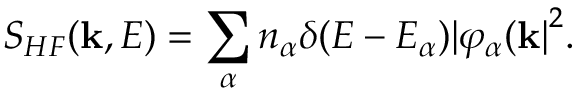
S _ { H F } ( { \bf k } , E ) = \sum _ { \alpha } n _ { \alpha } \delta ( E - E _ { \alpha } ) { \vert \varphi _ { \alpha } ( { \bf k } \vert } ^ { 2 } .